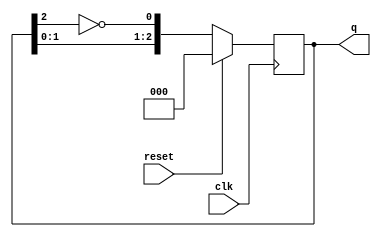
module johnson_counter #(
    parameter N = 3  // Number of flip-flops (stages)
)(
    input wire clk,      // Clock input
    input wire reset,    // Synchronous reset
    output reg [N-1:0] q // Output of the counter
);

    // Internal signal for the feedback
    wire feedback;

    // Assign feedback as the inverted output of the last flip-flop
    assign feedback = ~q[N-1];

    // Sequential logic for the Johnson counter
    always @(posedge clk) begin
        if (reset) begin
            // Initialize the counter to 0
            q <= 0;
        end else begin
            // Shift the outputs and feedback into the first flip-flop
            q <= {q[N-2:0], feedback};
        end
    end

endmodule